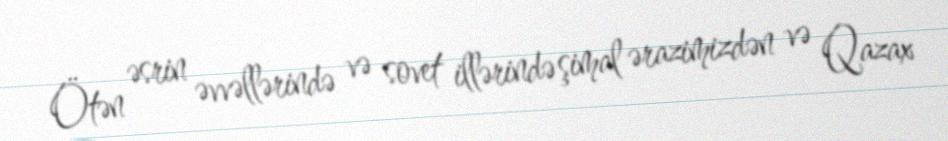
Ötən əsrin əvvəllərində və sovet illərində şimal ərazimizdən və Qazax